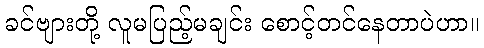
ခင်ဗျားတို့ လူမပြည့်မချင်း စောင့်တင်နေတာပဲဟာ။